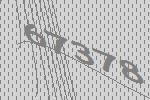
67378